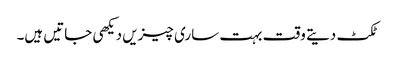
ٹکٹ دیتے وقت بہت ساری چیزیں دیکھی جاتیں ہیں۔